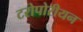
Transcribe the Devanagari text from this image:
टरोपोरीयन